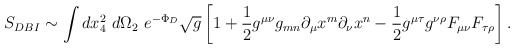
\begin{align*}S_{DBI} \sim \int dx_4^2 \,\, d\Omega_2 \,\, e^{-\Phi_D}\sqrt{g}\left [1+ \frac{1}{2} g^{\mu\nu} g_{mn} \partial_\mu x^m \partial_\nu x^n - \frac{1}{2} g^{\mu\tau}g^{\nu\rho}F_{\mu\nu}F_{\tau\rho} \right].\end{align*}